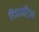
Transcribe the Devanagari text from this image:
डिपार्मेंटल